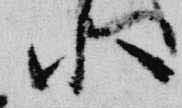
小